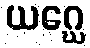
ယဂ္ဃေ